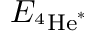
E _ { ^ 4 \mathrm { H e } ^ { * } }